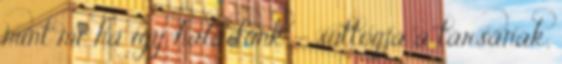
mint mi, ha így haladunk. – suttogja a társának,